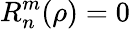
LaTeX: R_{n}^{m}(\rho)=0